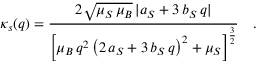
\kappa _ { s } ( q ) = \frac { 2 \sqrt { \mu _ { S } \, \mu _ { B } } \, \vert a _ { S } + 3 \, b _ { S } \, q \vert } { \left[ \mu _ { B } \, q ^ { 2 } \left( 2 \, a _ { S } + 3 \, b _ { S } \, q \right) ^ { 2 } + \mu _ { S } \right] ^ { \frac { 3 } { 2 } } } \quad .